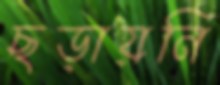
ছড়ায়নি